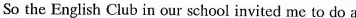
So the English Club in our school invited me to do a